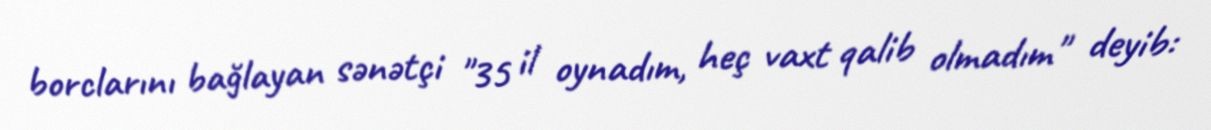
borclarını bağlayan sənətçi "35 il oynadım, heç vaxt qalib olmadım" deyib: